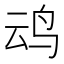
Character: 𪉂